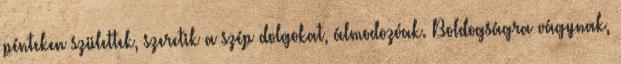
pénteken születtek, szeretik a szép dolgokat, álmodozóak. Boldogságra vágynak,